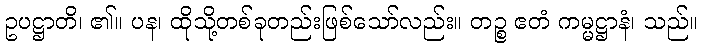
ဥပဋ္ဌာတိ၊ ၏။ ပန၊ ထိုသို့တစ်ခုတည်းဖြစ်သော်လည်း။ တဉ္စ ဧတံ ကမ္မဋ္ဌာနံ၊ သည်။